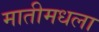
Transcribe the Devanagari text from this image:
मातीमधला